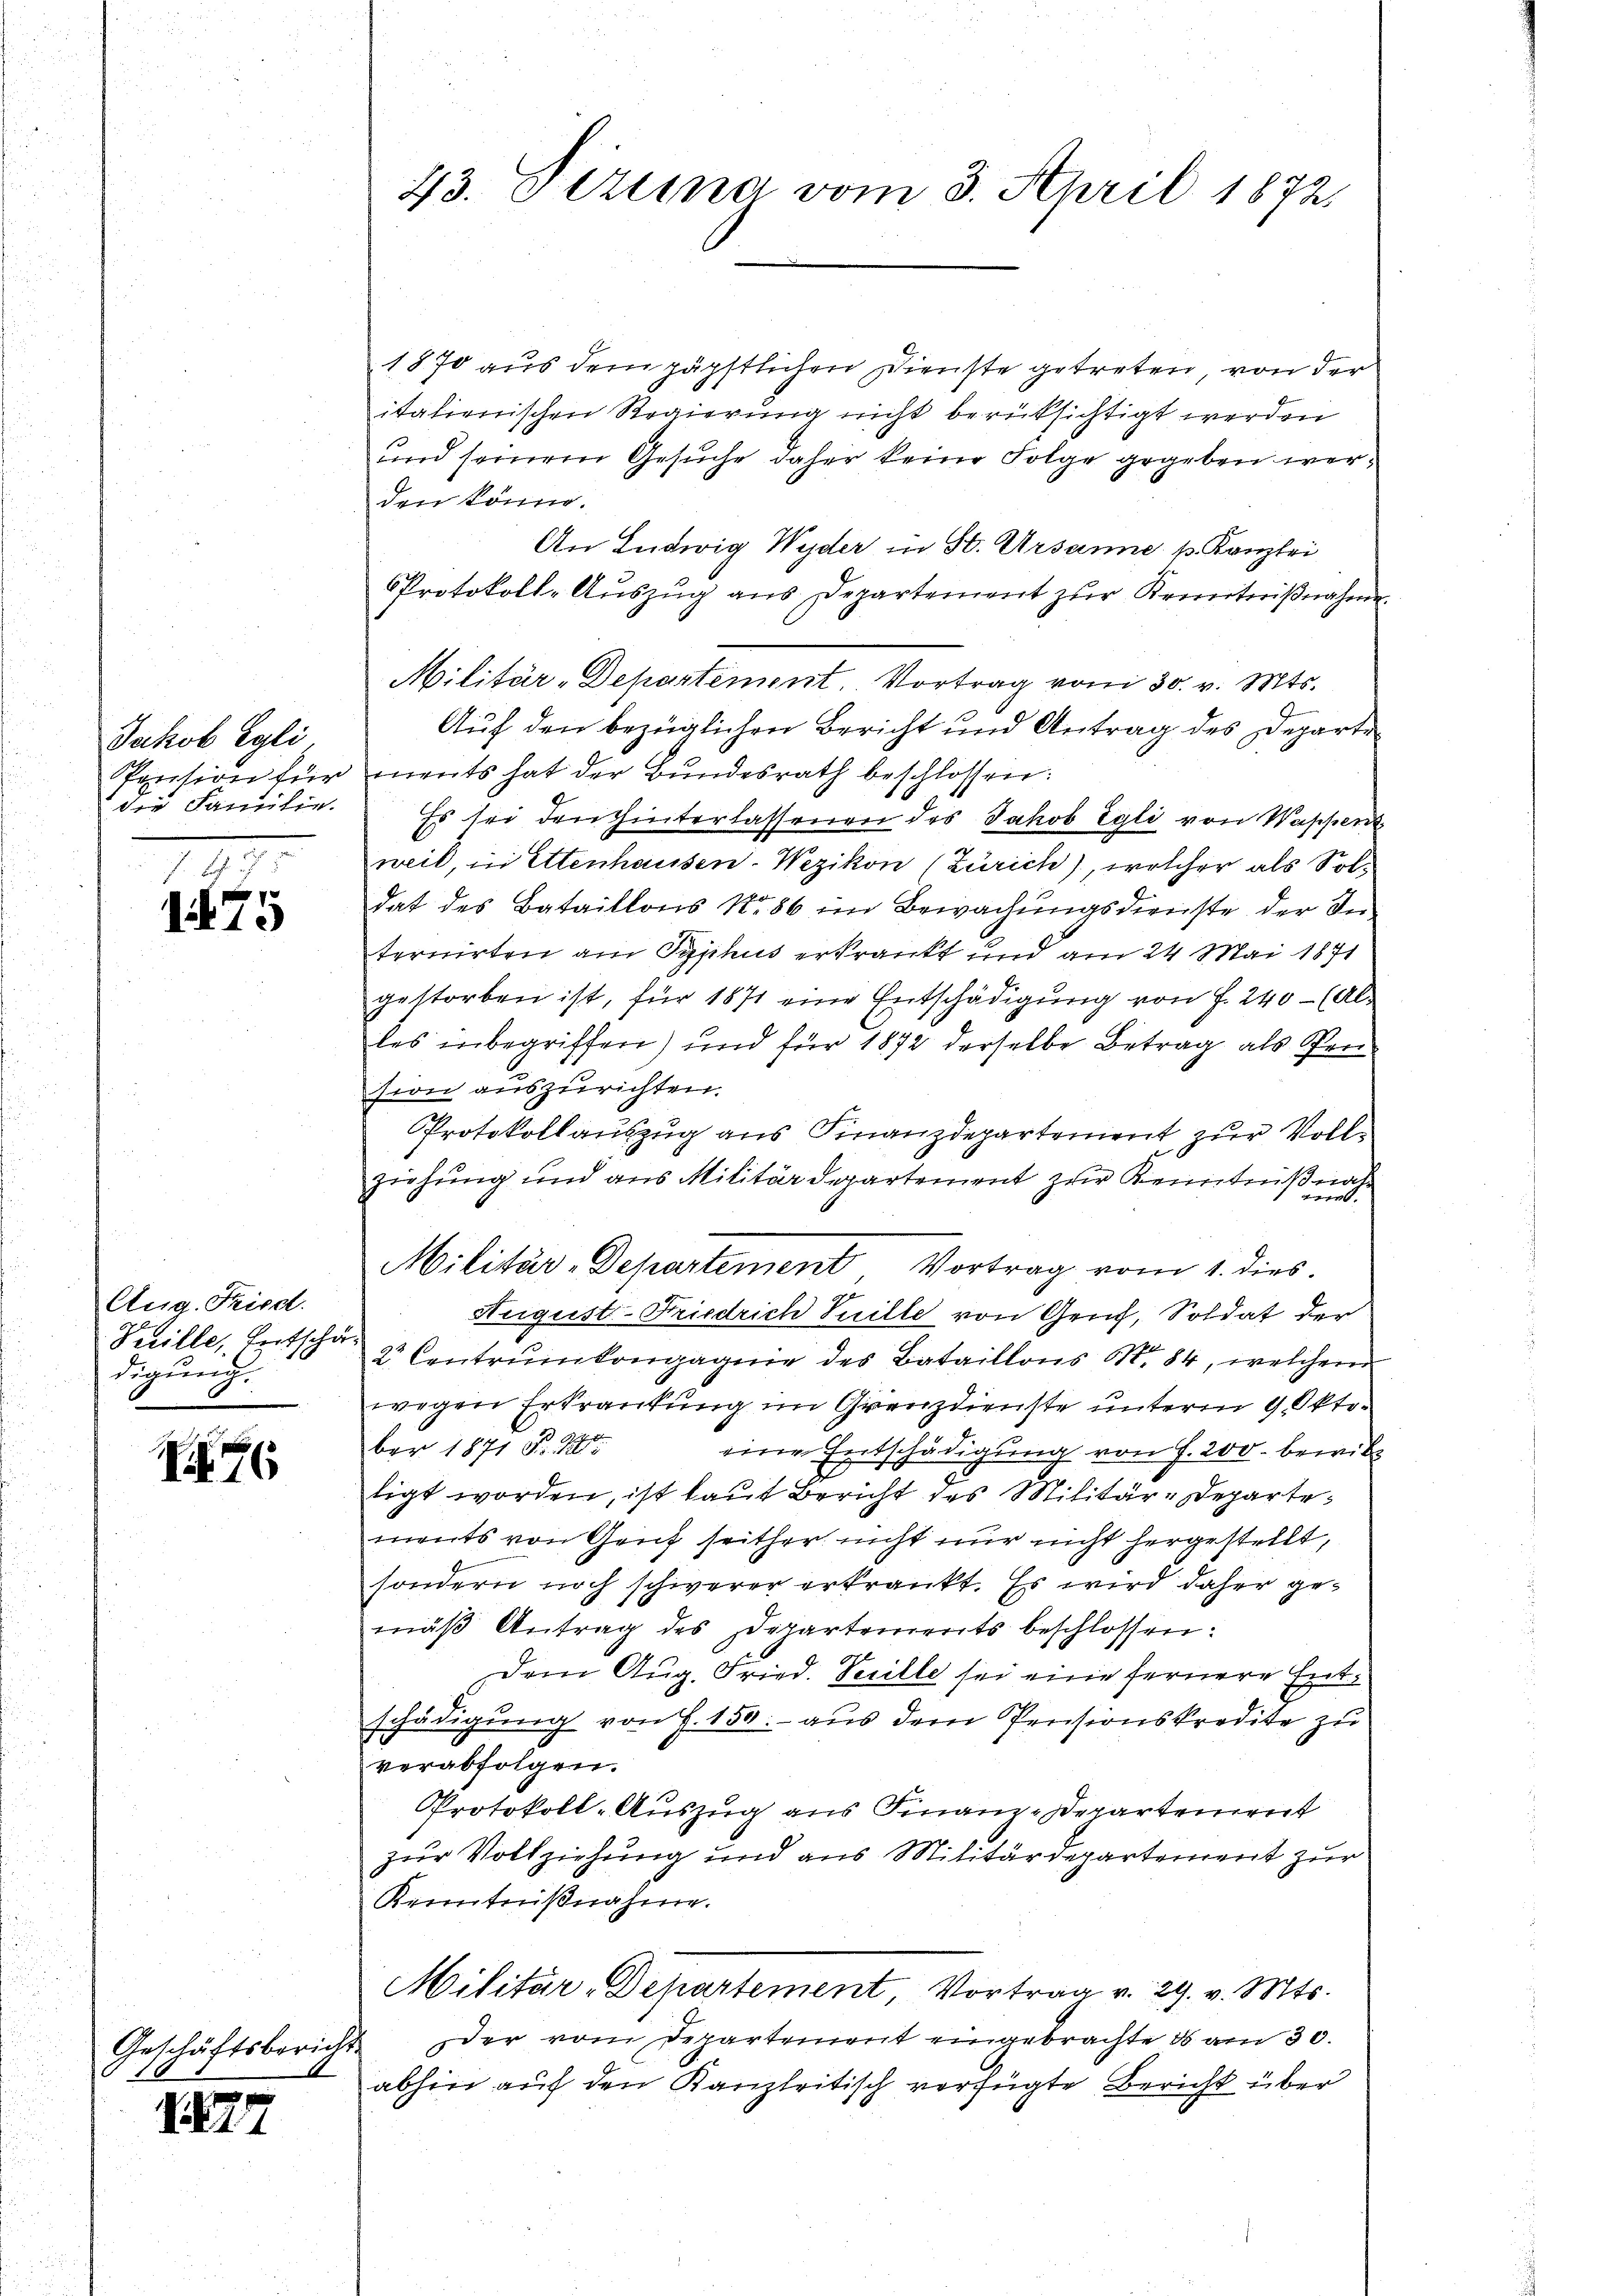
Jakob Egli
die Familie.

A 7
1475

Aug. Fried.
Peille, Entschädigung.

1176

1870 aus dem päpstlichen Dienste getreten, von der
italienischen Regierung nicht berücksichtigt werden
und seinem Gesuche daher keine Folge gegeben werden könne.
An Ludwig Wyder in St. Ursanne p. Kanzlei
Protokoll-Auszug aus Departement zur Kenntnißnahme.
Militär-Departement Vortrag vom 30. v. Mts.
Auf den bezüglichen Bericht und Antrag des Departe
Pension für ments hat der Bŭndesrath beschlossen:
Es sei den hinterlassenen des Jakob Egli von Wappert
weil, in Ettenhausen-Wezikon (Zürich), welcher als Soldat des Bataillons No. 86 im Bewachungsdienste der Internirten am Typhus erkrankt und am 24. Mai 1871
gestorben ist, für 1871 eine Entschädigung von f. 240 - (Alles inbegriffen) und für 1872 derselbe Betrag als Pension auszurichten.
Protokollauszug aus Finanzdepartement zur Vollziehung und aus Militärdepartement zur Kenntnißnah¬
Militär-Departement Vortrag vom 1. dies
August-Friedrich Suille von Genf, Soldat der
2 Centrunkengagnie des Bataillons No 84, welchem
wegen Erkrankung im Grenz dienste unterm 9. Oktober 1871 Fr. 1
eine Entschädigung von f. 200. bewill
tigt worden, ist laut Bericht des Militär-Departements von Gent seither nicht nur nicht hergestellt,
sondern noch schwerer erkrankt. Es wird daher gemäß Antrag des Departements beschlossen:
Dem Aug. Fried. Seille sei eine fernere Entschädigung von S. 150.- aus dem Pensionskredite zu
verabfolgen.
Protokoll-Auszug aus Finanz-Departement
zur Vollziehung und aus Militärdepartement zur
Kenntnißnahme.
Militär-Departement Vortrag v. 29. v. Mts.
der vom Departement eingebrachte ds am 30.
abhin auf den Kanzleitisch verfügte Bericht über

Geschäftsbericht

.827

23. Steina vom 3. April 1872,